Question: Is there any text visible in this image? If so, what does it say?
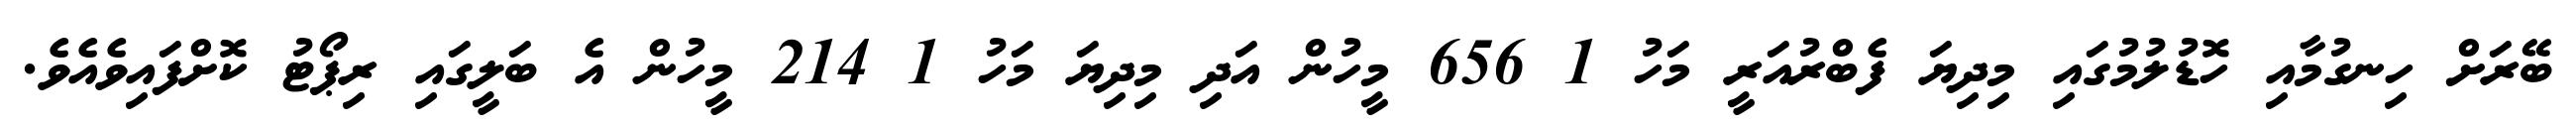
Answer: ބޭރަށް ހިނގުމާއި ހޮޑުލުމުގައި މިދިޔަ ފެބްރުއަރީ މަހު 1 656 މީހުން އަދި މިދިޔަ މަހު 1 214 މީހުން އެ ބަލީގައި ރިޕޯޓު ކޮށްފައިވެއެވެ.